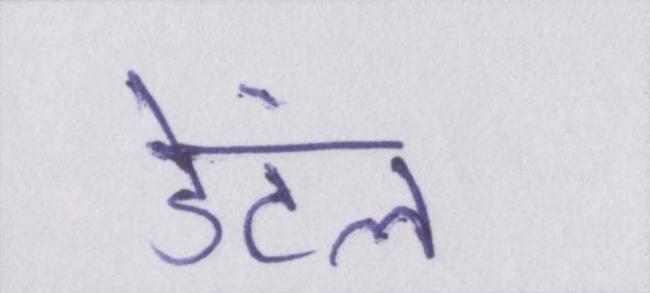
डेंटल